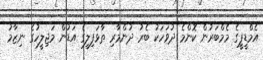
އެމްޑީޕީގެ މެމްބަރުން ކޮންމެ ދުވަހަކު ބެރު ދުންމާރި ތާޅަފިލީގެ އަޑުން މަޖިލީހުގެ ނިޒާމު